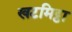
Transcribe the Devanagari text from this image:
खटमिट्ठा